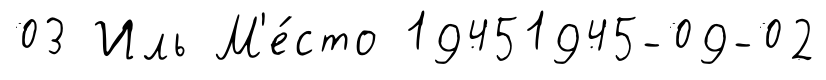
03 Иль М'е́сто 19451945-09-02